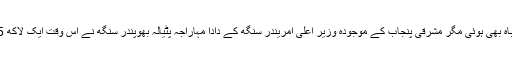
1923 میں راوی میں خوفناک سیلاب سے یہ جگہ تباہ بھی ہوئی مگر مشرقی پنجاب کے موجودہ وزیر اعلیٰ امریندر سنگھ کے دادا مہاراجہ پٹیالہ بھوپندر سنگھ نے اس وقت ایک لاکھ 35 ہزار کی خطیر رقم سے اسے دوبارہ تعمیر کرایا ۔